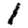
Digit: 1